Vaccination in Bombay 1889-1901 - 1889-1901
Year: 1889
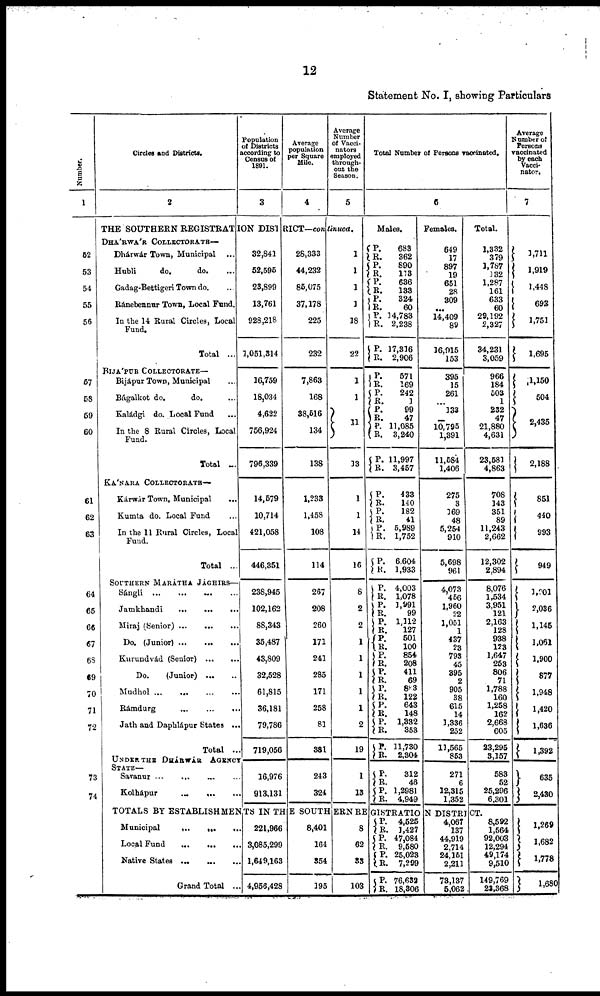
12
Statement No. I, showing Particulars
Number.
1
52
53
54
55
56
57
58
59
60
61
62
63
64
65
66
67
6S
69
70
71
72
73
74
Circles and Districts.
2
Population
of Districts
according to
Census of
1891.
3
Average
population
per Square
Mile.
4
Average
Number
of Vacci¬
nators
employed
through-
out the
Season.
5
THE SOUTHERN REGISTRATION DISTRICT—continued.
DHÁRWÁR COLLECTORATE—
Dhárwár Town, Municipal ...
Hubli
do.
do. ...
Gadag-Bettigeri Town do. ...
Ránebennur Town, Local Fund.
In the 14 Rural Circles, Local
Fund.
Total ...
BIJÁPUR COLLECTORATE—
Bijápur Town, Municipal ...
Bágalkot do.
do. ...
Kaládgi do. Local Fund ...
In the 8 Rural Circles, Local
Fund.
Total ...
KÁNARA COLLECTORATE—
Kárwár Town, Municipal ...
Kumta do. Local Fund ...
In the 11 Rural Circles, Local
Fund.
Total ...
SOUTHERN MARÁTHA JÁGHIRS—
Sángli ... ... ... ...
Jamkhandi
...
...
...
Miraj (Senior)
...
...
...
Do. (Junior) ...
...
...
Kurundvád (Senior)
...
...
Do.
(Junior)
...
...
Mudhol
...
...
...
...
Rámdurg
...
...
...
Jath and Daphlápur States ...
Total ...
UNDER THE DHÁRWÁR AGENCY
STATE—
Savanur ... ... ... ...
Kolhápur
...
...
...
32,841
52,595
23,899
13,761
928,218
1,051,314
36,759
18,034
4,622
756,924
796,339
14,579
10,714
421,058
446,351
238,945
102,162
88,343
35,487
43,809
32,528
61,815
36,181
79,786
719,056
16,976
913,131
28,333
44,232
85,075
37,178
225
232
7,863
168
38,516
134
138
1,233
1,458
108
114
267
208
260
171
241
285
171
258
81
381
243
324
1
1
1
1
38
22
1
1
11
13
1
1
14
16
8
2
2
1
1
1
1
1
2
19
1
13
Total Number of Persons vaccinated.
6
Males.
P.
R.
P.
R.
P.
R.
P.
R.
P. R.
P.
R.
P.
R.
P.
R. P.
R.
P.
R.
P.
R.
P. R.
P.
R.
P. R.
P.
R.
P.
R.
P.
R.
P.
R.
P. R.
P.
R.
P.
R. P.
R.
P.
R.
P.
R.
P.
R.
P.
R.
P. R.
683
362
890
113
636
133
324
60
14,783
2,238
17,336
2,906
571
169
242
1
99
47
11,085
3,240
11,997
3,457
433
140
182
41
5,989
1,752
6,604
1,933
4,003
1,078
3,991
99
1,312
127
501
100
854
208
411
69
883
122
643
148
1,332
353
11,730
2,304
312
46
1,2981
4,949
Females.
649
17
897
19
651
28
309
...
14,409
89
16,915
153
395
15
261
...
133
... 10,795
1,391
11,584
1,406
275
3
369
48
5,254
910
5,698
961
4,073
456
1,960
22
1,051
1
437
23
798
45
395
2
905
38
615
14
3,336
252
13,565
853
271
6
12,315
1,352
Total.
1,332
379
1,787
132
1,287
161
633
60
29,192
2,327
34,231
3,059
966
184
503
1
232
47
21,880
4,631
23,583
4,863
708
143
351
89
11,243
2,662
12,302
2,894
8,076
1,534
3,951
121
2,163
128
938
123
1,647
253
806
71
1,788
160
1,258
162
2,668
605
23,295
3,157
583
52
25,296
6,301
TOTALS BY ESTABLISHMENTS IN THE SOUTHERN REGISTRATION DISTRICT.
Municipal
...
...
...
Local Fund ... ... ...
Native States ... ... ...
Grand Total ...
221,966
3,085,299
1,649,163
4,956,428
8,401
164
354
195
8
62
33
103
P.
R.
P.
R. P.
R.
P.
R.
4,525
3,427
47,084
9,580
25,023
7,299
76,632
18,306
4,067
137
44,919
2,714
24,161
2,211
73,137
5,062
8,592
1,564
92,003
12,294
49,174
9,510
149,769
23,368
Average
Number of
Persons
vaccinated
by each
Vacci¬
nator.
7
3,711
1,919
1,448
693
1,751
1,695
1,150
504
2,435
2,188
851
440
993
949
1,201
2,036
1,145
1,061
1,900
877
1,948
1,420
1,636
1,392
635
2,430
1,269
1,682
1,778
1,680